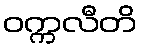
ဝက္ကလီတိ